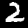
Digit: 2